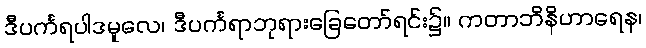
ဒီပင်္ကရပါဒမူလေ၊ ဒီပင်္ကရာဘုရားခြေတော်ရင်း၌။ ကတာဘိနိဟာရေန၊